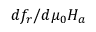
d f _ { r } / d \mu _ { 0 } H _ { a }